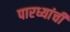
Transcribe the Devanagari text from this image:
पारध्यांची